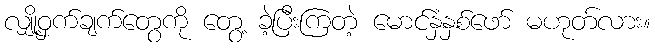
လျှို့ဝှက်ချက်တွေကို တွေ့ ခဲ့ပြီးကြတဲ့ မောင်နှံနှစ်ဖော် မဟုတ်လား။